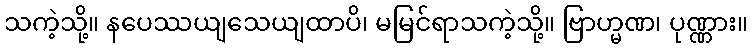
သကဲ့သို့။ နပေဿယျသေယျထာပိ၊ မမြင်ရာသကဲ့သို့။ ဗြာဟ္မဏ၊ ပုဏ္ဏား။